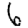
Digit: 6